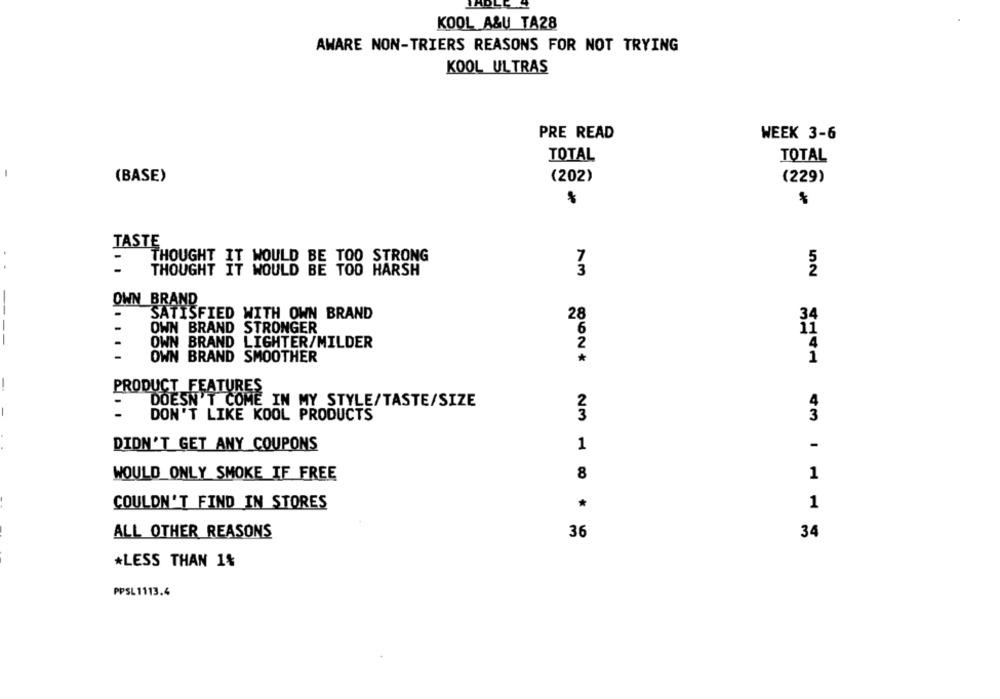
KOOL A&U TA28
AWARE NON-TRIERS REASONS FOR NOT TRYING
KOOL ULTRAS
PRE READ
WEEK 3-6
TOTAL
TOTAL
-
(BASE)
(202)
(229)
TASTE
THOUGHT IT WOULD BE TOO STRONG
7
..
THOUGHT IT WOULD BE TOO HARSH
52
OWN BRAND
-
SATISFIED WITH OWN BRAND
28
OWN BRAND
6
STRONGER
OWN BRAND LIGHTER/MILDER
-
2
-
OWN BRAND SMOOTHER
*
PRODUCT FEATURES
DOESN'T COME IN MY STYLE/TASTE/SIZE
DON'T LIKE KOOL PRODUCTS
DIDN'T GET ANY COUPONS
1
WOULD ONLY SMOKE IF FREE
8
1
COULDN'T FIND IN STORES
*
1
ALL OTHER REASONS
36
34
*LESS THAN 1%
PPSL 1113.4